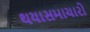
થયાસમાચારો